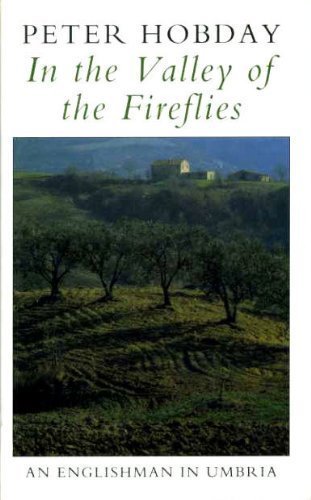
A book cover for In the Valley of the Fireflies: Englishman in Umbria; Peter Hobday; Travel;